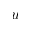
u